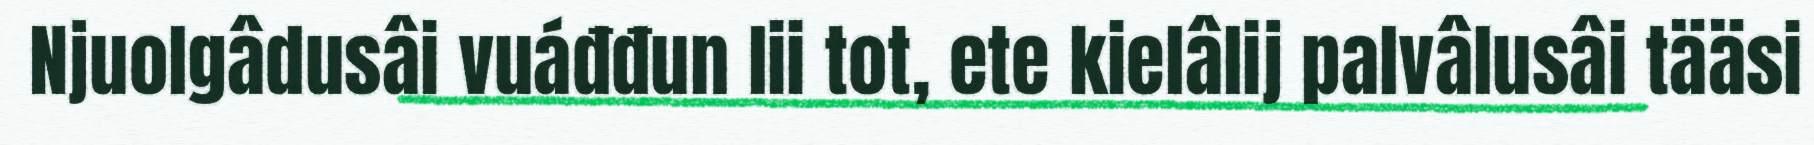
Njuolgâdusâi vuáđđun lii tot, ete kielâlij palvâlusâi tääsi